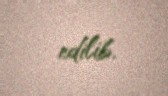
edilib.